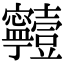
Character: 𡬗